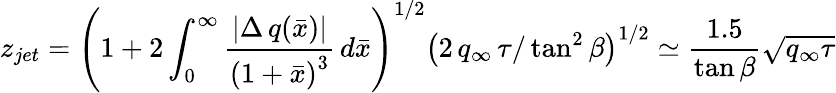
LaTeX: z_{jet}=\left(1+2\int_{0}^{\infty}\frac{|\Delta\, q(\bar{x})|}{\left(1+\bar{x}\right)^{3}}\, d\bar{x}\right)^{1/2}\left(2\, q_{\infty}\, \tau/\tan^{2}\beta\right)^{1/2}\simeq\frac{1.5}{\tan\beta}\sqrt{q_{\infty}\tau}